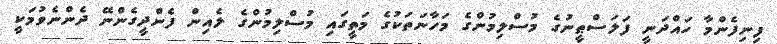
ފިނިފެންމާ ހައްދަނީ ފަލަސްޠީނުގެ މުސްލިމުންގެ މަހާނަތަކުގެ މަތީގައި މުސްލިމުންގެ ލެއިން ފެންދީގެންނޭ ދެންނެވުމަކީ